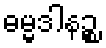
ဓမ္မဒါနဉ္စ